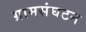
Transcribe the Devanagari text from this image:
ग्रामसंघटन